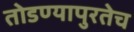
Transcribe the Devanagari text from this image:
तोडण्यापुरतेच